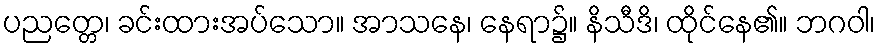
ပညတ္တေ၊ ခင်းထားအပ်သော။ အာသနေ၊ နေရာ၌။ နိသီဒိ၊ ထိုင်နေ၏။ ဘဂဝါ၊